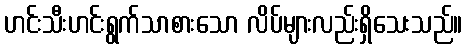
ဟင်းသီးဟင်းရွက်သာစားသော လိပ်များလည်းရှိသေးသည်။